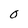
Character: 0